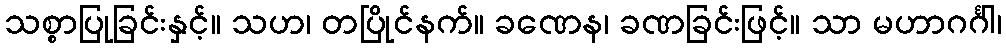
သစ္စာပြုခြင်းနှင့်။ သဟ၊ တပြိုင်နက်။ ခဏေန၊ ခဏခြင်းဖြင့်။ သာ မဟာဂင်္ဂါ၊